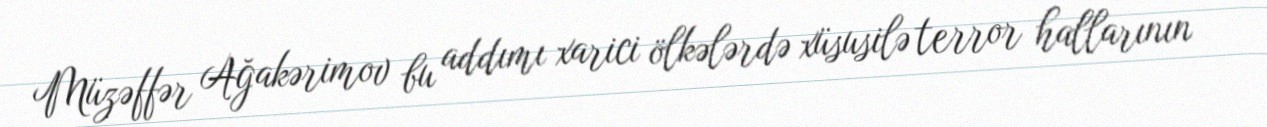
Müzəffər Ağakərimov bu addımı xarici ölkələrdə xüsusilə terror hallarının